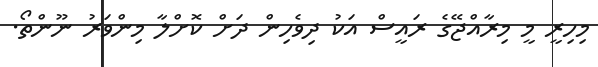
މިހިރީ މީ މިރާއްޖޭގެ ރައީސް އަކު ދިވެހިން ދަށް ކޮށްލާ މިންވަރު ނޫންތޯ.